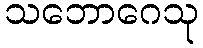
သဘောဂေသု